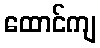
ထောင်ကျ